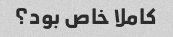
کاملا خاص بود؟